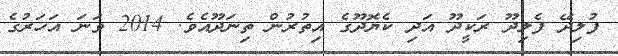
ފުލިދޭ ފެލިދޫ ރަކީދޫ އަދި ކެޔޮދޫގެ އިތުރުން ތިނަދޫއެވެ. 2014 ވަނަ އަހަރުގެ